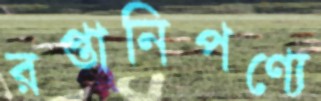
রপ্তানিপণ্যে